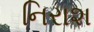
નિરાશ